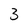
Character: 3